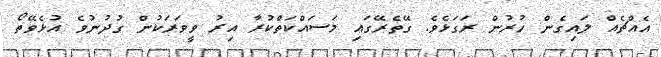
އެއްޗެއް ލައިގެން ހުރުން ރަގަޅެވެ. ގޭތެރޭގައި މަސައްކަތްކުރާ އިރު ވީވަރަކުން ގުދުނުވެ އުޅެވޭތޯ